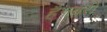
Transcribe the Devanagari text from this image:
हैनबरी